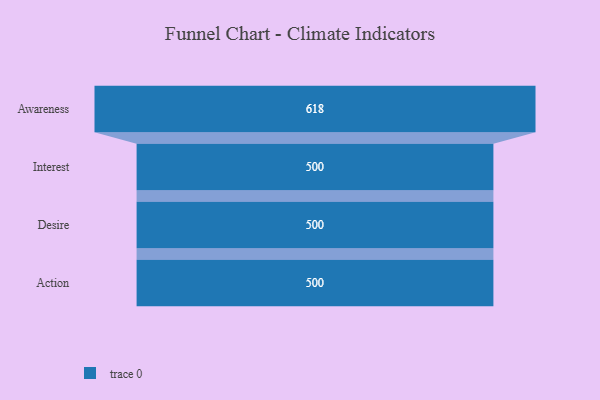
{"axis": {"x": "Stage", "y": "Value"}, "legend": [""], "data": [{"x": "Awareness", "y": 618.0, "type": ""}, {"x": "Interest", "y": 500, "type": ""}, {"x": "Desire", "y": 500, "type": ""}, {"x": "Action", "y": 500, "type": ""}]}